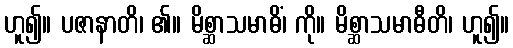
ဟူ၍။ ပဇာနာတိ၊ ၏။ မိစ္ဆာသမာဓိံ၊ ကို။ မိစ္ဆာသမာဓီတိ၊ ဟူ၍။